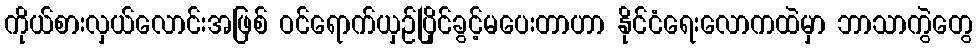
ကိုယ်စားလှယ်လောင်းအဖြစ် ဝင်ရောက်ယှဉ်ပြိုင်ခွင့်မပေးတာဟာ နိုင်ငံရေးလောကထဲမှာ ဘာသာကွဲတွေ